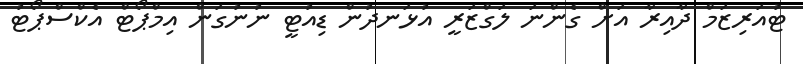
ޓުއަރިޒަމް ދާއިރާ އަށް ގެންނަ ލަގްޒަރީ އުޅަނދުން ޑިއުޓީ ނުނުގަން އިމްޕޯޓް އެކްސްޕޯޓު